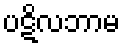
ပဋိလဘာမ